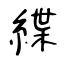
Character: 緤